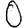
Digit: 0